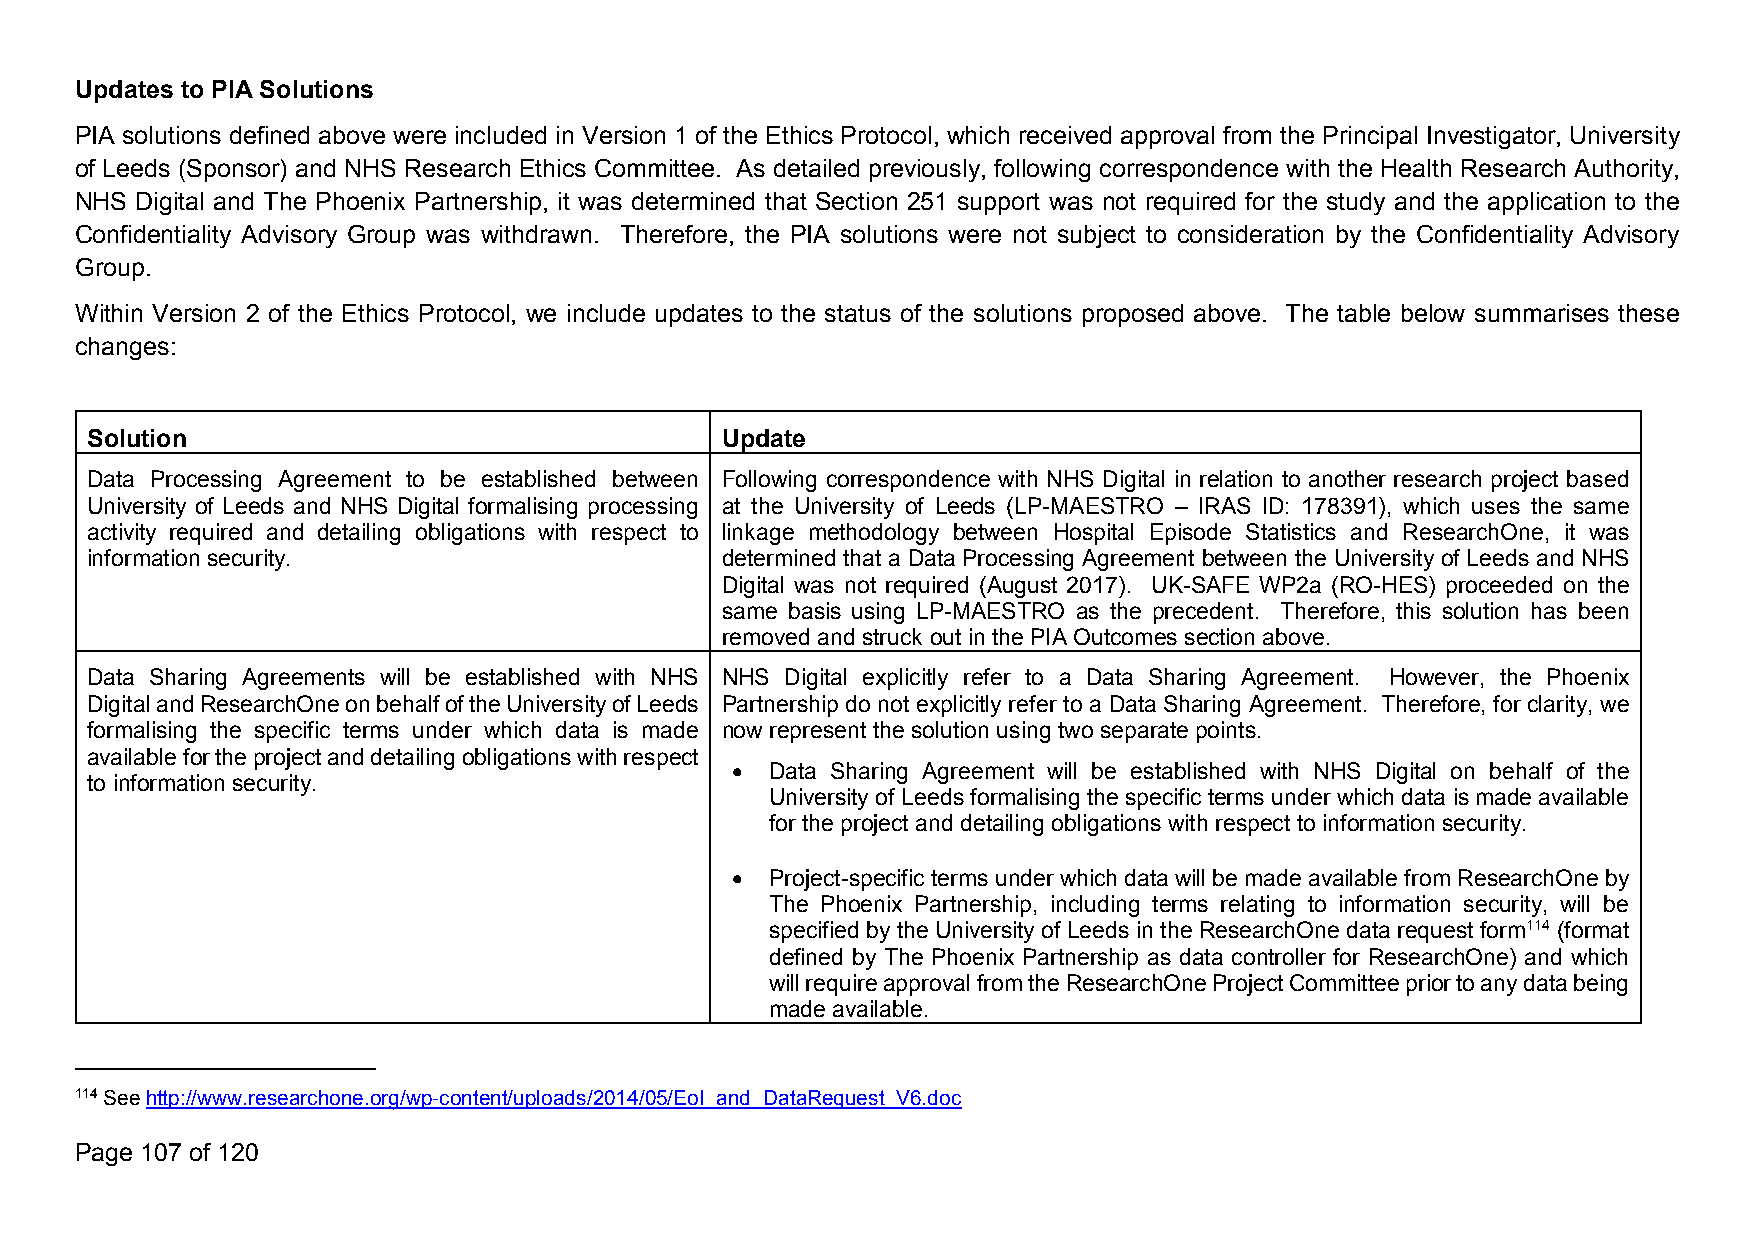
Updates to PIASolutions
 PIA solutions defined above were included in Version 1 of the Ethics Protocol, which received approval from the Principal Investigator, University
 of Leeds (Sponsor) and NHS Research Ethics Committee. As detailed previously, following correspondence with the Health Research Authority,
 NHS Digital and The Phoenix Partnership, it was determined that Section 251 support was not required for the study and the application to the
 Confidentiality Advisory Group was withdrawn. Therefore, the PIA solutions were not subject to consideration by the Confidentiality Advisory
 Group.
 Within Version 2 of the Ethics Protocol, we include updates to the status of the solutions proposed above. The table below summarises these
 changes:
 Solution                                  Update
 Data Processing Agreement to be established between Following correspondence with NHS Digital in relation to another research project based
 University of Leeds and NHS Digital formalising processing at the University of Leeds (LP-MAESTRO – IRAS ID: 178391), which uses the same
 activity required and detailing obligations with respect to linkage methodology between Hospital Episode Statistics and ResearchOne, it was
 information security.                     determined that a Data Processing Agreement between the University of Leeds and NHS
 Digital was not required (August 2017). UK-SAFE WP2a (RO-HES) proceeded on the
 same basis using LP-MAESTRO as the precedent. Therefore, this solution has been
 removed andstruck out in thePIAOutcomes section above.
 Data Sharing Agreements will be established with NHS NHS Digital explicitly refer to a Data Sharing Agreement. However, the Phoenix
 DigitalandResearchOneonbehalfoftheUniversityofLeeds Partnership do not explicitly refer to a Data Sharing Agreement. Therefore, for clarity, we
 formalising the specific terms under which data is made nowrepresent thesolution using two separatepoints.
 availablefortheprojectanddetailingobligationswithrespect
   Data Sharing Agreement will be established with NHS Digital on behalf of the
 to information security.
 Universityof Leedsformalising thespecifictermsunder which data ismade available
 for theproject anddetailing obligationswith respect to informationsecurity.
   Project-specifictermsunder which datawill bemade availablefrom ResearchOneby
 The Phoenix Partnership, including terms relating to information security, will be
 specified bytheUniversityof Leedsin theResearchOne datarequest form114 (format
 defined by The Phoenix Partnership as data controller for ResearchOne) and which
 willrequireapprovalfromtheResearchOneProjectCommitteepriortoanydatabeing
 made available.
 114Seehttp://www.researchone.org/wp-content/uploads/2014/05/EoI_and_DataRequest_V6.doc
 Page 107 of 120